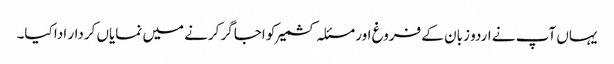
یہاں آپ نے اردو زبان کے فروغ اور مسئلہ کشمیر کو اجاگر کرنے میں نمایاں کردار ادا کیا۔